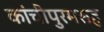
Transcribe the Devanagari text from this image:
कांचीपुरमसह